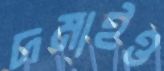
দমাইও